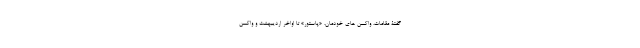
گفتۀ مقامات، واکسن های خودمان، «پاستور» تا اواخر اردیبهشت و واکسن